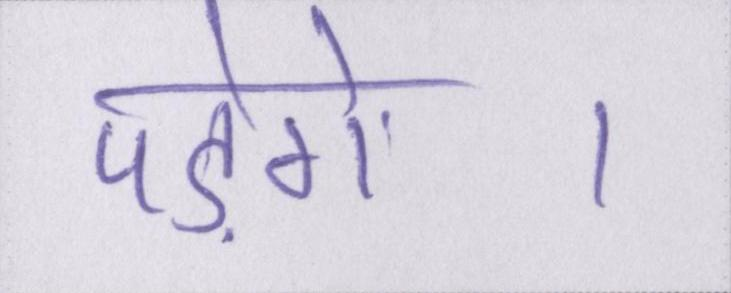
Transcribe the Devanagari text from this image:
पड़ेंगे।